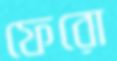
ফেরো